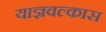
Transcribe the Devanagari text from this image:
याज्ञवल्कास